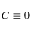
C \equiv 0